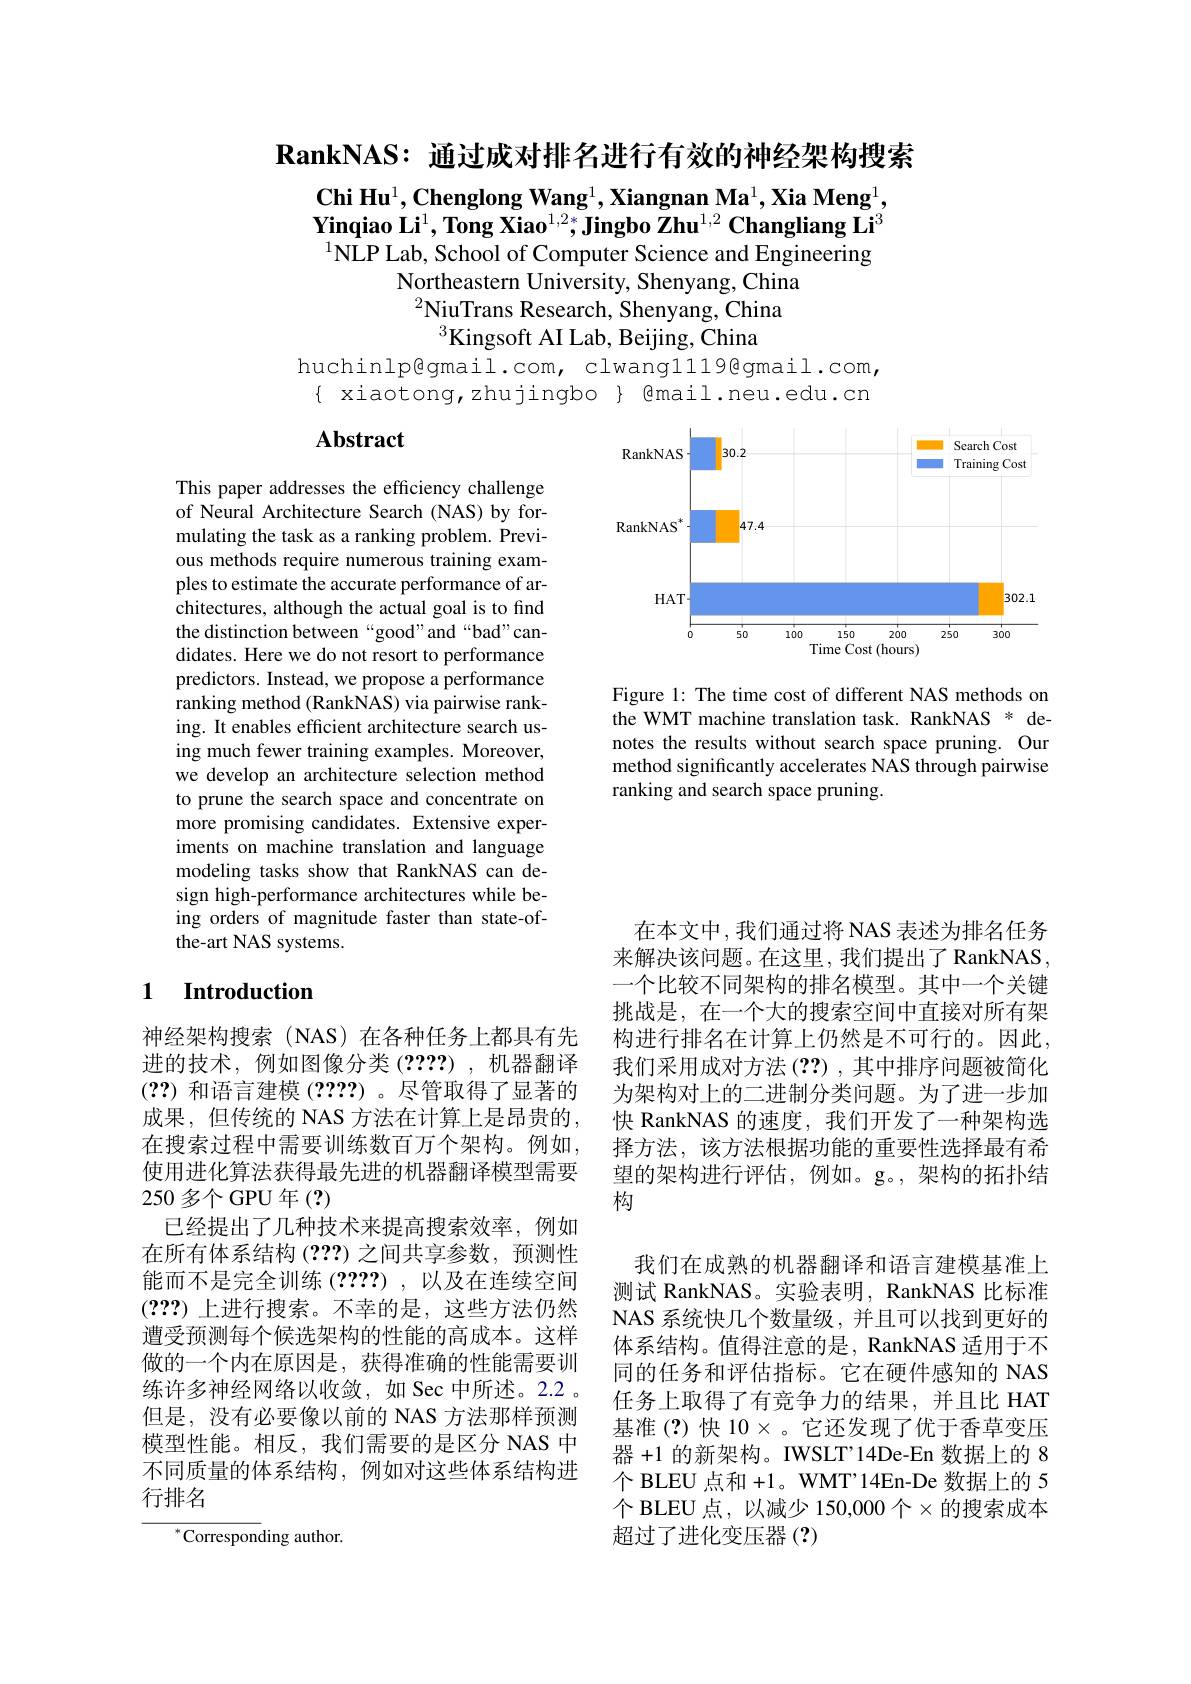
$\textbf{RankNAS: 通 过 成 对 排 名 进 行 有 效 的 神 经 架 构 搜 索 }$

$\mathbf{Chi~Hu}^1,\mathbf{Chenglong~Wang}^1,\mathbf{Xiangnan~Ma}^1,\mathbf{Xia~Meng}^1$, $\textbf{Yinqiao Li}^1,\textbf{Tong Xiao}^{1,2*},\textbf{Jingbo Zhu}^{1,2}\textbf{Changliang Li}^3$ $^{1}\bar{\text{NLP Lab, School of Computer Science and Engineering}}$
Northeastern University, Shenyang, China $^2$NiuTrans Research, Shenyang, China
$^3$Kingsoft AI Lab, Beijing, China
huchinlp@gmail.com, clwangll19@gmail.com,

$\{$ xiaotong,zhujingbo $\}$ @mail.neu.edu.cn

# Abstract

<FigureHere>

Figure 1: The time cost of different NAS methods on the WMT machine translation task. RankNAS * denotes the results without search space pruning. Our method significantly accelerates NAS through pairwise ranking and search space pruning

This paper addresses the efficiency challenge of Neural Architecture Search (NAS) by formulating the task as a ranking problem. Previous methods require numerous training examples to estimate the accurate performance of architectures, although the actual goal is to find the distinction between “good”and“bad”candidates. Here we do not resort to performance predictors. Instead, we propose a performance ranking method (RankNAS) via pairwise ranking. It enables efficient architecture search using much fewer training examples. Moreover, we develop an architecture selection method to prune the search space and concentrate on more promising candidates. Extensive experiments on machine translation and language modeling tasks show that RankNAS can design high-performance architectures while being orders of magnitude faster than state-ofthe-art NAS systems.

### 1 $\textbf{Introduction}$

神经架构搜索(NAS)在各种任务上都具有先进的技术，例如图像分类(????),机器翻译(??)和语言建模(????) 。尽管取得了显著的成果，但传统的 NAS 方法在计算上是昂贵的在搜索过程中需要训练数百万个架构。例如， 使用进化算法获得最先进的机器翻译模型需要250 多个 GPU 年 (?)
已经提出了几种技术来提高搜索效率，例如在所有体系结构(2??)之间共享参数，预测性能而不是完全训练 (????) ,以及在连续空间(???)上进行搜索。不幸的是，这些方法仍然遭受预测每个候选架构的性能的高成本。这样做的一个内在原因是，获得准确的性能需要训练许多神经网络以收敛，如 Sec 中所述。2.2 。但是，没有必要像以前的 NAS 方法那样预测模型性能。相反，我们需要的是区分 NAS 中不同质量的体系结构，例如对这些体系结构进行排名

$^{*}$Corresponding author.

在本文中，我们通过将 NAS 表述为排名任务来解决该问题。在这里，我们提出了 RankNAS 一个比较不同架构的排名模型。其中一个关键挑战是，在一个大的搜索空间中直接对所有架构进行排名在计算上仍然是不可行的。因此， 我们采用成对方法(??),其中排序问题被简化为架构对上的二进制分类问题。为了进一步加快 RankNAS 的速度，我们开发了一种架构选择方法，该方法根据功能的重要性选择最有希望的架构进行评估，例如。g。,架构的拓扑结构

我们在成熟的机器翻译和语言建模基准上测试 RankNAS。实验表明，RankNAS 比标准NAS 系统快几个数量级，并且可以找到更好的体系结构。值得注意的是，RankNAS 适用于不同的任务和评估指标。它在硬件感知的 NAS 任务上取得了有竞争力的结果，并且比 HAT 基准(?)快 10$\times$。它还发现了优于香草变压器+1的新架构。IWSLT'14De-En 数据上的 8个 BLEU 点和 +1。WMT’14En-De 数据上的 5个 BLEU 点，以减少 150,000 个$\times$的搜索成本超过了进化变压器(?)